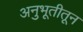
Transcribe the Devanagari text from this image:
अनुभूतीतून